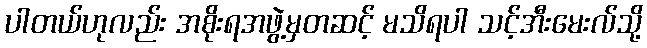
ပါတယ်ဟုလည်း အစိုးရအဖွဲ့မှတဆင့် မသိရပါ သင့်အီးမေးလ်သို့